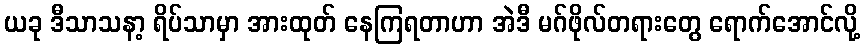
ယခု ဒီသာသနာ့ ရိပ်သာမှာ အားထုတ် နေကြရတာဟာ အဲဒီ မဂ်ဖိုလ်တရားတွေ ရောက်အောင်လို့